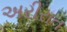
અરીરાત